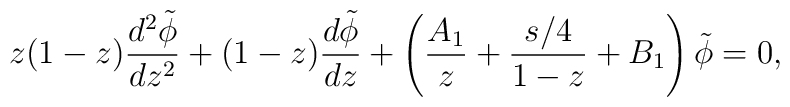
z(1-z) {{d^2 \tilde \phi} \over dz^2}+(1-z) {{d \tilde \phi} \over d z}+\left ( {A_1 \over z} +{{s/4} \over 1-z} +B_1 \right ) \tilde \phi=0,